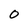
Character: 0